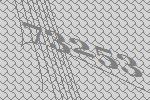
73253